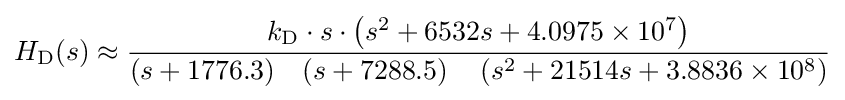
H_{\text{D}}(s)\approx {k_{\text{D}}\cdot s\cdot \left(s^{2}+6532s+4.0975\times 10^{7}\right) \over (s+1776.3)\quad (s+7288.5)\quad \left(s^{2}+21514s+3.8836\times 10^{8}\right)}